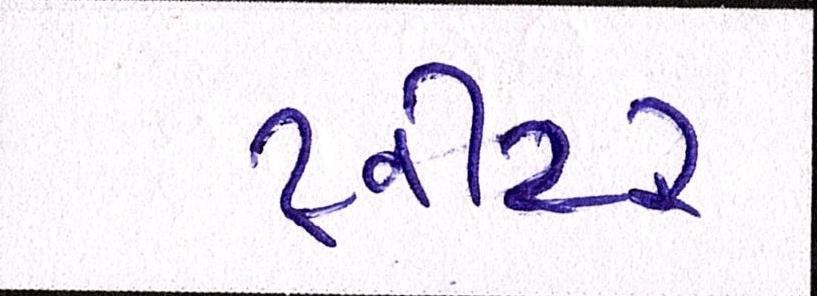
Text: ટ્વીટર